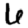
Digit: 6